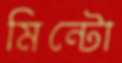
মিন্টো